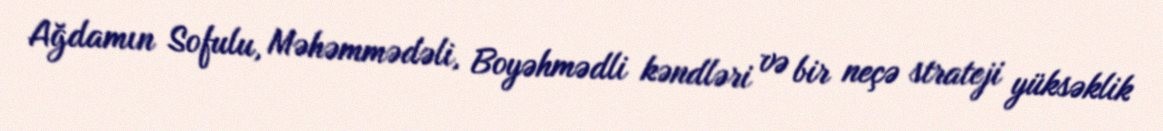
Ağdamın Sofulu, Məhəmmədəli, Boyəhmədli kəndləri və bir neçə strateji yüksəklik